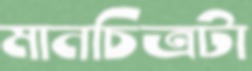
মানচিত্রটা